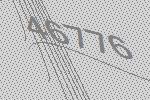
46776